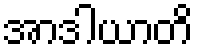
အာဒါယာတိ